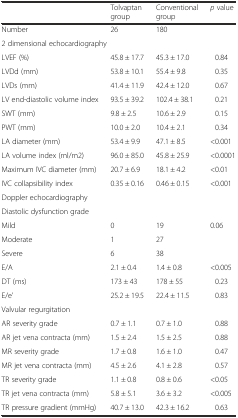
<table><thead><tr><td></td><td><b>Tolvaptan group</b></td><td><b>Conventional group</b></td><td><b><i>p</i> value</b></td></tr></thead><tbody><tr><td>Number</td><td>26</td><td>180</td><td></td></tr><tr><td colspan="4">2 dimensional echocardiography</td></tr><tr><td>LVEF (%)</td><td>45.8 ± 17.7</td><td>45.3 ± 17.0</td><td>0.84</td></tr><tr><td>LVDd (mm)</td><td>53.8 ± 10.1</td><td>55.4 ± 9.8</td><td>0.35</td></tr><tr><td>LVDs (mm)</td><td>41.4 ± 11.9</td><td>42.4 ± 12.0</td><td>0.67</td></tr><tr><td>LV end-diastolic volume index</td><td>93.5 ± 39.2</td><td>102.4 ± 38.1</td><td>0.21</td></tr><tr><td>SWT (mm)</td><td>9.8 ± 2.5</td><td>10.6 ± 2.9</td><td>0.15</td></tr><tr><td>PWT (mm)</td><td>10.0 ± 2.0</td><td>10.4 ± 2.1</td><td>0.34</td></tr><tr><td>LA diameter (mm)</td><td>53.4 ± 9.9</td><td>47.1 ± 8.5</td><td>&lt;0.001</td></tr><tr><td>LA volume index (ml/m2)</td><td>96.0 ± 85.0</td><td>45.8 ± 25.9</td><td>&lt;0.0001</td></tr><tr><td>Maximum IVC diameter (mm)</td><td>20.7 ± 6.9</td><td>18.1 ± 4.2</td><td>&lt;0.01</td></tr><tr><td>IVC collapsibility index</td><td>0.35 ± 0.16</td><td>0.46 ± 0.15</td><td>&lt;0.001</td></tr><tr><td colspan="4">Doppler echocardiography</td></tr><tr><td colspan="4">Diastolic dysfunction grade</td></tr><tr><td>Mild</td><td>0</td><td>19</td><td>0.06</td></tr><tr><td>Moderate</td><td>1</td><td>27</td><td></td></tr><tr><td>Severe</td><td>6</td><td>38</td><td></td></tr><tr><td>E/A</td><td>2.1 ± 0.4</td><td>1.4 ± 0.8</td><td>&lt;0.005</td></tr><tr><td>DT (ms)</td><td>173 ± 43</td><td>178 ± 55</td><td>0.23</td></tr><tr><td>E/e’</td><td>25.2 ± 19.5</td><td>22.4 ± 11.5</td><td>0.83</td></tr><tr><td>Valvular regurgitation</td><td></td><td></td><td></td></tr><tr><td>AR severity grade</td><td>0.7 ± 1.1</td><td>0.7 ± 1.0</td><td>0.88</td></tr><tr><td>AR jet vena contracta (mm)</td><td>1.5 ± 2.4</td><td>1.5 ± 2.5</td><td>0.88</td></tr><tr><td>MR severity grade</td><td>1.7 ± 0.8</td><td>1.6 ± 1.0</td><td>0.47</td></tr><tr><td>MR jet vena contracta (mm)</td><td>4.5 ± 2.6</td><td>4.1 ± 2.8</td><td>0.57</td></tr><tr><td>TR severity grade</td><td>1.1 ± 0.8</td><td>0.8 ± 0.6</td><td>&lt;0.05</td></tr><tr><td>TR jet vena contracta (mm)</td><td>5.8 ± 5.1</td><td>3.6 ± 3.2</td><td>&lt;0.005</td></tr><tr><td>TR pressure gradient (mmHg)</td><td>40.7 ± 13.0</td><td>42.3 ± 16.2</td><td>0.63</td></tr></tbody></table>